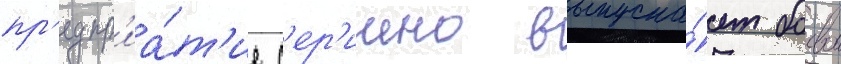
пр'едпр'иа́т'ие с'ер'иино выпуска́ет боевои